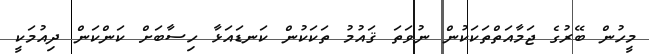
މީހުން ބޭރުގެ ޖަމާއަތްތަކަކުން ނުވަތަ ޤައުމު ތަކަކުން ކަނޑައަޅާ ހިސާބަށް ކަންކަން ދިއުމަކީ